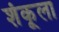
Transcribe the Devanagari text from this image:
शंकूला